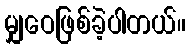
မျှဝေဖြစ်ခဲ့ပါတယ်။